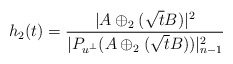
\begin{align*}h_2(t)=\frac{|A\oplus_2(\sqrt{t}B)|^2}{|P_{u^\bot}(A\oplus_2(\sqrt{t}B))|^2_{n-1}}\end{align*}